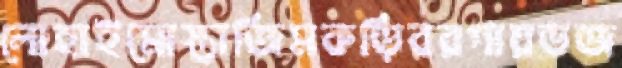
লোহাইমোস্তাজিমকড়িবরগায়ভজ